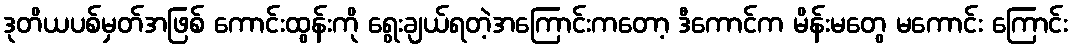
ဒုတိယပစ်မှတ်အဖြစ် ကောင်းထွန်းကို ရွေးချယ်ရတဲ့အကြောင်းကတော့ ဒီကောင်က မိန်းမတွေ မကောင်း ကြောင်း